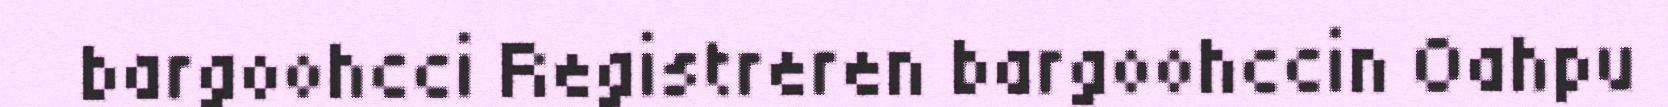
bargoohcci Registreren bargoohccin Oahpu